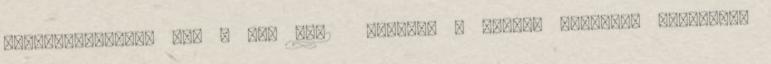
nitrifikálásra: 4,3 – 4,6 kgO2 kgNH4-N - Oxigén nyereség számítása